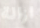
ازالة